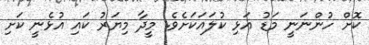
ކޮށް ހުންނަނީ މަޑު އަޅި ކުލައަކަށެވެ. މީދާ މިޔަރު ކައި އުޅެނީ ކަށި